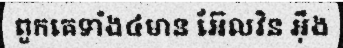
ពួកគេទាំង៤មាន អ៊ែលវិន អ៊ឹង